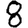
Digit: 8